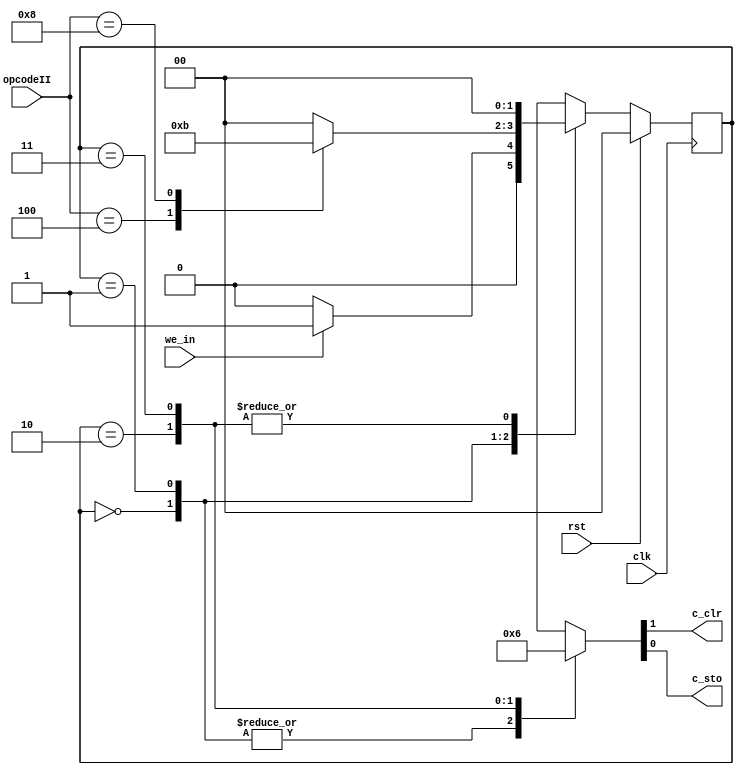
`timescale 1ns / 1ps
//////////////////////////////////////////////////////////////////////////////////
// Company: 
// 
// 
// Design Name: 
// Module Name:    fir_control 
// Project Name: 
// Target Devices: 
// Tool versions: 
// Description: 
//
// Dependencies: 
//
// Revision: 
// Revision 0.01 - File Created
// Additional Comments: 
//
//////////////////////////////////////////////////////////////////////////////////
//`define STOP_FILTERING     8'b0000xxxx
//`define START_FILTERING 8'b0001xxxx
//`define CLR                 8'b0010xxxx
`define SET_COEFF         4'b0100
`define CLR_ALL_COEFF     4'b1000


module fir_control
(
    input clk,
    input rst,
    input we_in,
    input [3:0] opcodeII,
    
    output c_clr,
    output c_sto
);

    parameter IDLE=0, DECODE=1, C_STO_ASSERT=2, C_CLR_ASSERT=3;
    
    reg [1:0] cs, ns;
    reg [1:0] moore_out;

// Current State Refresh
    always @(posedge clk)
        if (rst)
            cs <= IDLE;
        else
            cs <= ns;
            
// Next State Logic     
    always @(cs, we_in, opcodeII)
        case (cs)
            IDLE            :   if (we_in)
                                    ns = DECODE;
                                else
                                    ns = IDLE;
            
            DECODE          :   case (opcodeII)
                                    `SET_COEFF      :  ns = C_STO_ASSERT;
                                    `CLR_ALL_COEFF  :  ns = C_CLR_ASSERT;
                                    default         :  ns = IDLE;
                                endcase
            
            C_STO_ASSERT    :   ns = IDLE;
            
            C_CLR_ASSERT    :   ns = IDLE;
            
            default         :   ns = IDLE;
        endcase
        
// Output logic
    
    assign {c_clr, c_sto} = moore_out;
    
    always @(cs)
        case (cs)
            IDLE            :    moore_out = 2'b00;
            DECODE          :    moore_out = 2'b00;
            C_STO_ASSERT    :    moore_out = 2'b01;        
            C_CLR_ASSERT    :    moore_out = 2'b10;
            default         :    moore_out = 2'b00;
        endcase
        
endmodule